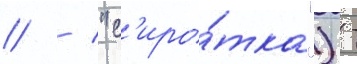
// / "с'иро́тка") -